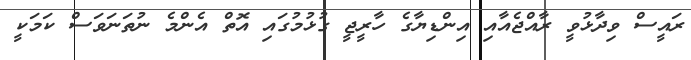
ރައީސް ވިދާޅުވީ ރާއްޖެއާއި އިންޑިޔާގެ ހާރީޖީ ގުޅުމުގައި އޮތް އެންމެ ނުތަނަވަސް ކަމަކީ